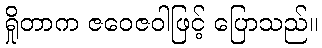
ရှိုတာက ဇဝေဇဝါဖြင့် ပြောသည်။